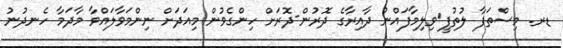
ޑރ. މިސްތަފާ ލުތުފީ	ވިލިމާފައްނު ދާއިރާގެ ދޮރުން-ދޮރަށް ހިންގެވުން މިއަދަށް ނިންމަވާލައްވާ މާދަމާ ހެނދުނު